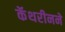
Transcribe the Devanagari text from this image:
कॅथरीनने